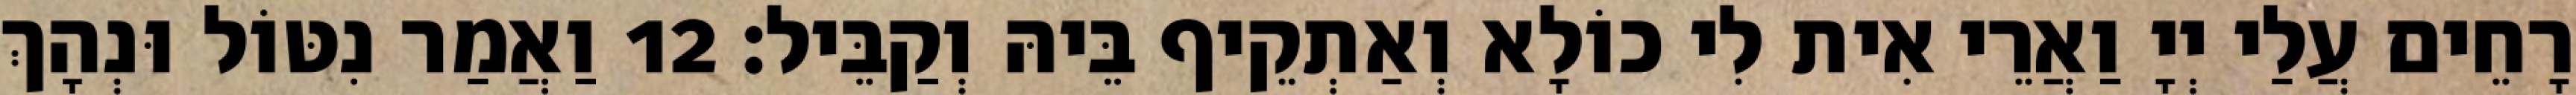
רָחֵים עֲלַי יְיָ וַאֲרֵי אִית לִי כוֹלָא וְאַתְקֵיף בֵּיהּ וְקַבֵּיל׃ 12 וַאֲמַר נִטּוֹל וּנְהָךְ